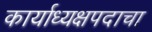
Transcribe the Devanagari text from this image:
कार्याध्यक्षपदाचा